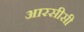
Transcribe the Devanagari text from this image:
आरसीसी